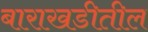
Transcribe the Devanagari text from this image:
बाराखडीतील